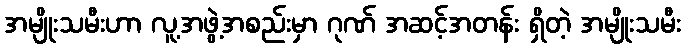
အမျိုးသမီးဟာ လူ့အဖွဲ့အစည်းမှာ ဂုဏ် အဆင့်အတန်း ရှိတဲ့ အမျိုးသမီး